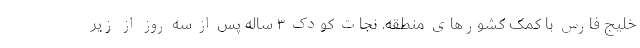
خلیج فارس با کمک کشورهای منطقه. نجات کودک ۳ ساله پس از سه روز از زیر